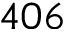
4 0 6